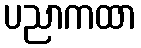
ပညာကထာ